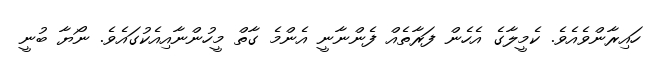
ހައިރާންވެއެވެ. ކެމީލާގެ އެހެން ފަރާތެއް ފެންނާނީ އެންމެ ގާތް މީހުންނާއިއެކުގައެވެ. ނޯޔާ ބުނީ